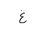
Letter: _gayn